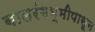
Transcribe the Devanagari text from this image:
बालरंगभूमीपासून